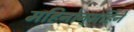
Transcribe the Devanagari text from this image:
महिनोन्‌महिने